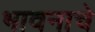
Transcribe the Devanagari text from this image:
भावनाचे